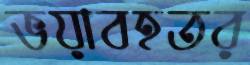
ভয়াবহতর